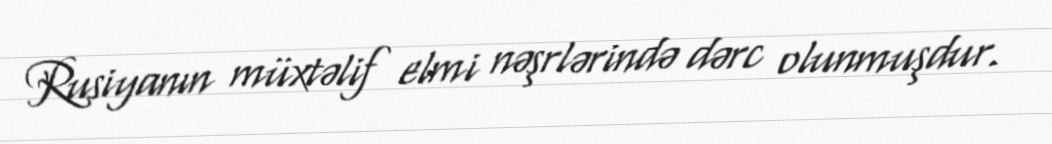
Rusiyanın müxtəlif elmi nəşrlərində dərc olunmuşdur.